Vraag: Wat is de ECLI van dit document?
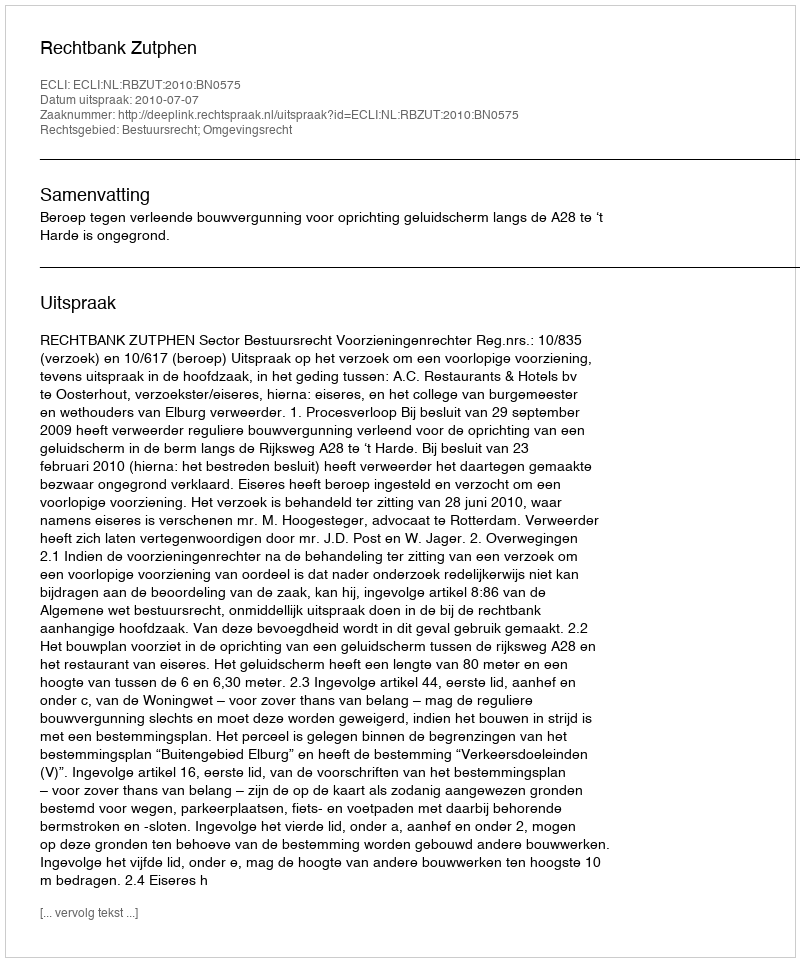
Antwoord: ECLI:NL:RBZUT:2010:BN0575